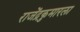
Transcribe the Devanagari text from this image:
राजेंद्रकुमारला